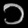
Digit: ၁